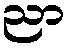
ညာ